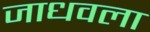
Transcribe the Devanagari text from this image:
जाधवला